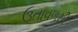
ઉતાવળથી